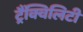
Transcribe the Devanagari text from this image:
ट्रैंक्विलिटी